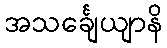
အသင်္ချေယျာနိ